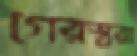
গেরস্তরা